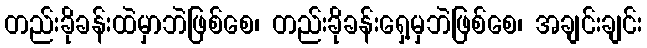
တည်းခိုခန်းထဲမှာဘဲဖြစ်စေ၊ တည်းခိုခန်းရှေ့မှဘဲဖြစ်စေ၊ အချင်းချင်း